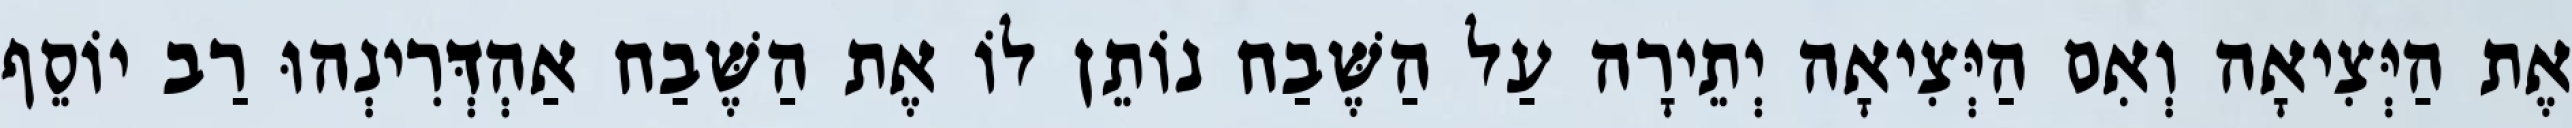
אֶת הַיְּצִיאָה וְאִם הַיְּצִיאָה יְתֵירָה עַל הַשֶּׁבַח נוֹתֵן לוֹ אֶת הַשֶּׁבַח אַהְדְּרִינְהוּ רַב יוֹסֵף